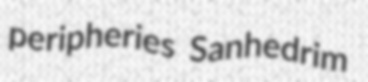
peripheries Sanhedrim